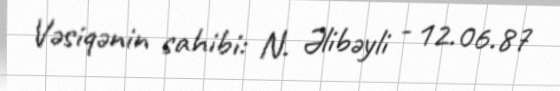
Vəsiqənin sahibi: N. Əlibəyli - 12.06.87